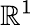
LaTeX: \mathbb{R}^{1}